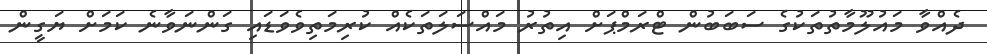
ދެއްވާ މައުލޫމާތުތަކުގެ ސަބަބުން ޓްރަމްޕަށް އިތުރު މައްސަލަތަކެއް ކުރިމަތިވެވަޑައި ގަންނަވާނެ ކަމަށް ޔަގީން